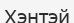
Хэнтэй